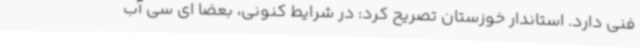
فنی دارد. استاندار خوزستان تصریح کرد: در شرایط کنونی، بعضا ای سی آب